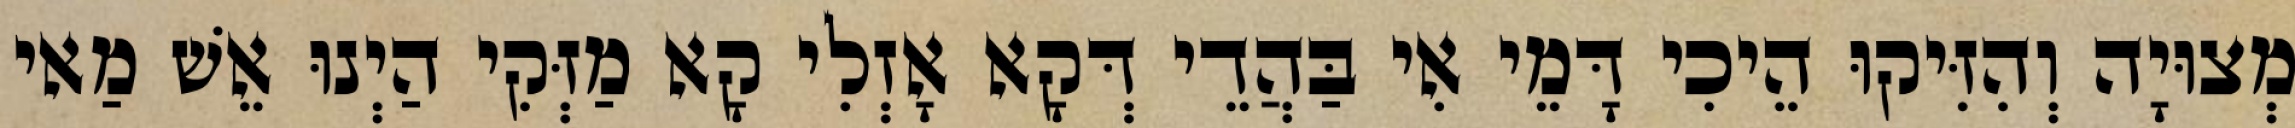
מְצוּיָה וְהִזִּיקוּ הֵיכִי דָּמֵי אִי בַּהֲדֵי דְּקָא אָזְלִי קָא מַזְּקִי הַיְנוּ אֵשׁ מַאי